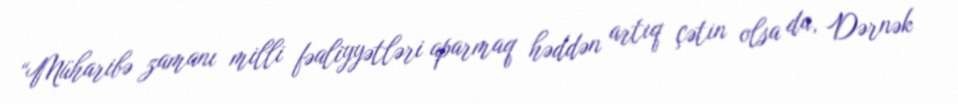
“Müharibə zamanı milli fəaliyyətləri aparmaq həddən artıq çətin olsa da, Dərnək